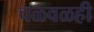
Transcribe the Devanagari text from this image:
चळवळही